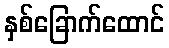
နှစ်ခြောက်ထောင်